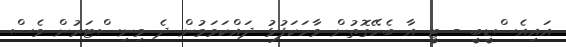
އައިއެސްޑީބީ - ޓީ އާ ބެހޭގޮތުން ވާހަކަފުޅު ދައްކަވަމުން ދެ މިނިސްޓަރުން ވެސް